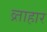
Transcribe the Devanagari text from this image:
व्र्ताहार